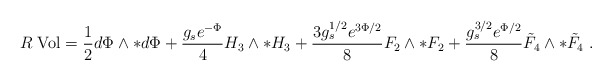
\begin{align*}R \; \mbox{Vol} = \frac{1}{2} d\Phi \wedge {*}d\Phi + \frac{g_s e^{-\Phi}}{4} H_3 \wedge {*}H_3 +\frac{3 g_s^{1/2} e^{3\Phi/2}}{8} F_2 \wedge {*}F_2 +\frac{g_s^{3/2} e^{\Phi/2}}{8} \tilde F_4 \wedge {*}\tilde F_4 \ .\end{align*}